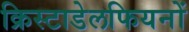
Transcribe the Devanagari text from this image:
क्रिस्टाडेलफियनों